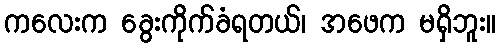
ကလေးက ခွေးကိုက်ခံရတယ်၊ အဖေက မရှိဘူး။